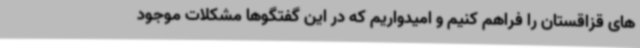
های قزاقستان را فراهم کنیم و امیدواریم که در این گفتگوها مشکلات موجود